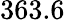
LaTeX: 363.6